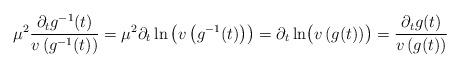
LaTeX: \begin{align*}\mu^2\frac{\partial_t{g}^{-1}(t)}{v\left(g^{-1}(t)\right)}=\mu^2\partial_t\ln\left({v\left(g^{-1}(t)\right)}\right)=\partial_t\ln\bigr({v\left(g(t)\right)}\bigr)=\frac{\partial_t{g}(t)}{v\left(g(t)\right)}\end{align*}